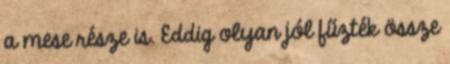
a mese része is. Eddig olyan jól fűzték össze